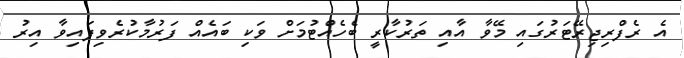
އެ ރެފްރިޖިރޭޓަރުގައި މޭވާ އާއި ތަރުކާރީ ބެހެއްޓުމަށް ވަކި ބައެއް ފަރުމާކުރެވިފައިވާ އިރު